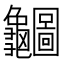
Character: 𪛇